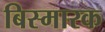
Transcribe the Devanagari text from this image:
बिस्मारक